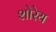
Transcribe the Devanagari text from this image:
शोरेय